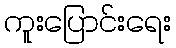
ကူးပြောင်းရေး